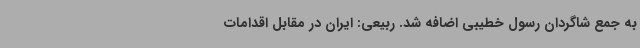
به جمع شاگردان رسول خطیبی اضافه شد. ربیعی: ایران در مقابل اقدامات